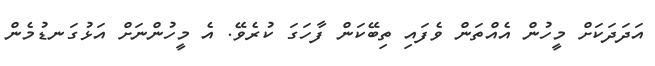
އަދަދަކަށް މީހުން އެއްތަން ވެފައި ތިބޭކަން ފާހަގަ ކުރެވޭ. އެ މީހުންނަށް އަޅުގަނޑުމެން